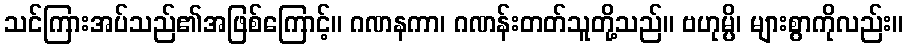
သင်ကြားအပ်သည်၏အဖြစ်ကြောင့်။ ဂဏနကာ၊ ဂဏန်းတတ်သူတို့သည်။ ဗဟုမ္ပိ၊ များစွာကိုလည်း။